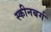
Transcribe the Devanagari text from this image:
स्कीनबर्ग